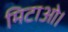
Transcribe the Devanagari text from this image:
मिटाओ।